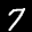
Label: 7